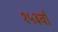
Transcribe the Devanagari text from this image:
१५३वाँ